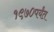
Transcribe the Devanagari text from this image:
१९७०पर्यंत